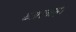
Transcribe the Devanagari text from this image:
व्यास्ताम्।